Insane asylums Bombay 1873-77 - 1873-1877
Year: 1873
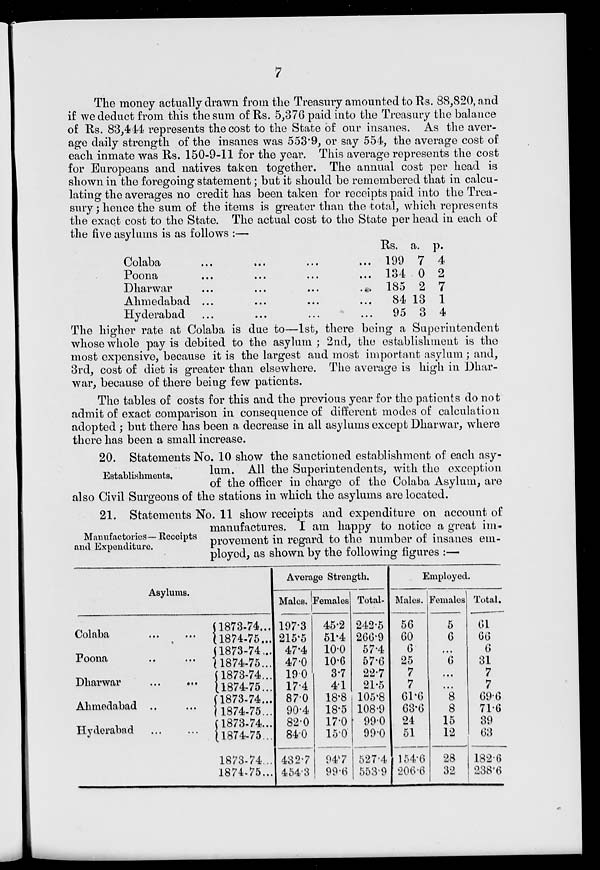
7
The money actually drawn from the Treasury amounted to Rs. 88,820, and
if we deduct from this the sum of Rs. 5,376 paid into the Treasury the balance
of Rs. 83,444 represents the cost to the State of our insanes. As the aver-
age daily strength of the insanes was 553.9, or say 554, the average cost of
each inmate was Rs. 150-9-11 for the year. This average represents the cost
for Europeans and natives taken together. The annual cost per head is
shown in the foregoing statement; but it should be remembered that in calcu-
lating the averages no credit has been taken for receipts paid into the Trea-
sury; hence the sum of the items is greater than the total, which represents
the exact cost to the State. The actual cost to the State per head in each of
the five asylums is as follows :—
Colaba
...
...
...
...
Poona
...
...
...
...
Dharwar
...
...
...
...
Ahmedabad ... ... ... ... ...
Hyderabad ... ... ... ...
Rs.
199
134
185
84
95
a.
7
0
2
13
3
p.
4
2
7
1
4
The higher rate at Colaba is due to—1st, there being a Superintendent
whose whole pay is debited to the asylum; 2nd, the establishment is the
most expensive, because it is the largest and most important asylum; and,
3rd, cost of diet is greater than elsewhere. The average is high in Dhar-
war, because of there being few patients.
The tables of costs for this and the previous year for the patients do not
admit of exact comparison in consequence of different modes of calculation
adopted ; but there has been a decrease in all asylums except Dharwar, where
there has been a small increase.
Establishments,
20. Statements No. 10 show the sanctioned establishment of each asy-
lum. All the Superintendents, with the exception
of the officer in charge of the Colaba Asylum, are
also Civil Surgeons of the stations in which the asylums are located.
Manufactories— Receipts
and Expenditure.
21. Statements No. 11 show receipts and expenditure on account of
manufactures. I am happy to notice a great im-
provement in regard to the number of insanes em-
ployed, as shown by the following figures :—
Asylums.
Colaba ... ...
Poona ... ...
Dharwar
...
...
Ahmedabad .. ...
Hyderabad ... ...
1873-74...
1874-75...
1873-74...
1874-75...
1873-74...
1874-75...
1873-74...
1874-75...
1873-74...
1874-75...
1873-74...
1874-75...
Average Strength.
Males.
197.3
215.5
47.4
47.0
19.0
17.4
87.0
90.4
82.0
84.0
432.7
454.3
Females.
45.2
51.4
10.0
10.6
3.7
4.1
18.8
18.5
17.0
15.0
94.7
99.6
Total.
242.5
266.9
57.4
57.6
22.7
21.5
105.8
108.9
99.0
99.0
527.4
553.9
Employed.
Males.
56
60
6
25
7
7
61.6
63.6
24
51
154.6
206.6
Females.
5
6
...
6
...
...
8
8
15
12
28
32
Total.
61
66
6
31
7
7
69.6
71.6
39
63
182.6
238.6